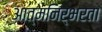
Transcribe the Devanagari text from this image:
आत्‍मनिर्भरता